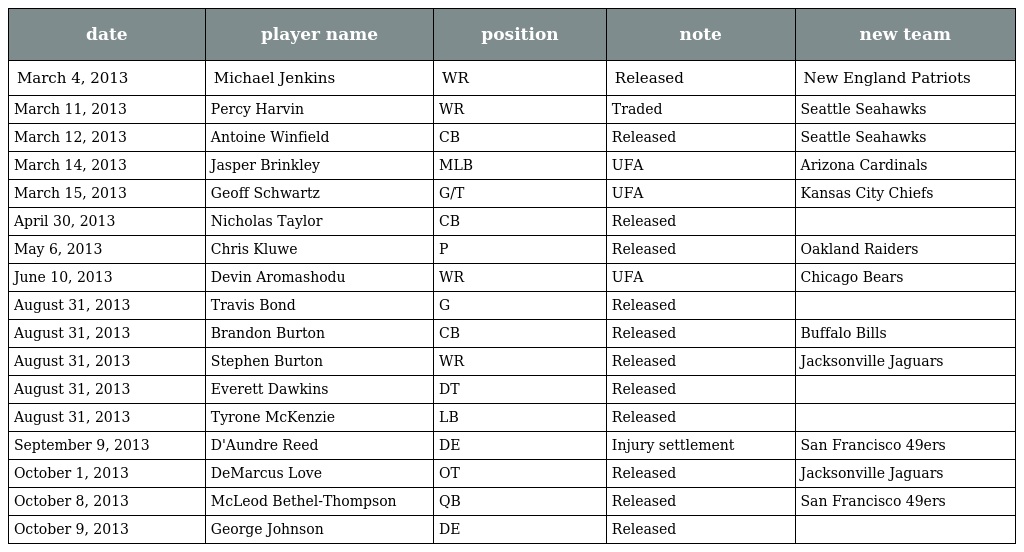
| date | player name | position | note | new team |
 | --- | --- | --- | --- | --- |
 | March 4, 2013 | Michael Jenkins | WR | Released | New England Patriots |
 | March 11, 2013 | Percy Harvin | WR | Traded | Seattle Seahawks |
 | March 12, 2013 | Antoine Winfield | CB | Released | Seattle Seahawks |
 | March 14, 2013 | Jasper Brinkley | MLB | UFA | Arizona Cardinals |
 | March 15, 2013 | Geoff Schwartz | G/T | UFA | Kansas City Chiefs |
 | April 30, 2013 | Nicholas Taylor | CB | Released |  |
 | May 6, 2013 | Chris Kluwe | P | Released | Oakland Raiders |
 | June 10, 2013 | Devin Aromashodu | WR | UFA | Chicago Bears |
 | August 31, 2013 | Travis Bond | G | Released |  |
 | August 31, 2013 | Brandon Burton | CB | Released | Buffalo Bills |
 | August 31, 2013 | Stephen Burton | WR | Released | Jacksonville Jaguars |
 | August 31, 2013 | Everett Dawkins | DT | Released |  |
 | August 31, 2013 | Tyrone McKenzie | LB | Released |  |
 | September 9, 2013 | D'Aundre Reed | DE | Injury settlement | San Francisco 49ers |
 | October 1, 2013 | DeMarcus Love | OT | Released | Jacksonville Jaguars |
 | October 8, 2013 | McLeod Bethel-Thompson | QB | Released | San Francisco 49ers |
 | October 9, 2013 | George Johnson | DE | Released |  |